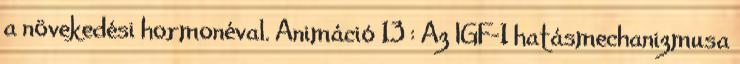
a növekedési hormonéval. Animáció 13 : Az IGF-1 hatásmechanizmusa